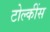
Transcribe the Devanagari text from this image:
टोल्कींस